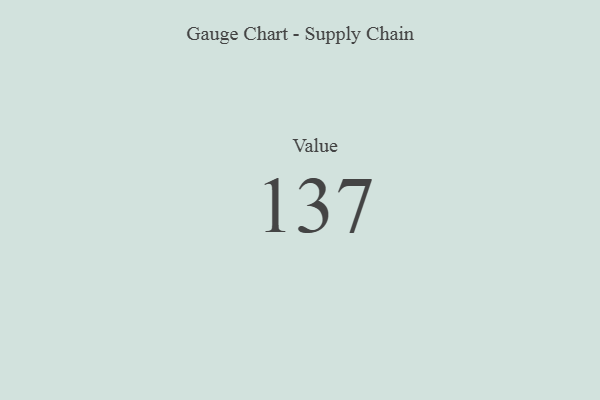
{"axis": {"x": "Metric", "y": "Value"}, "legend": [""], "data": [{"x": "Value", "y": 137, "type": ""}]}